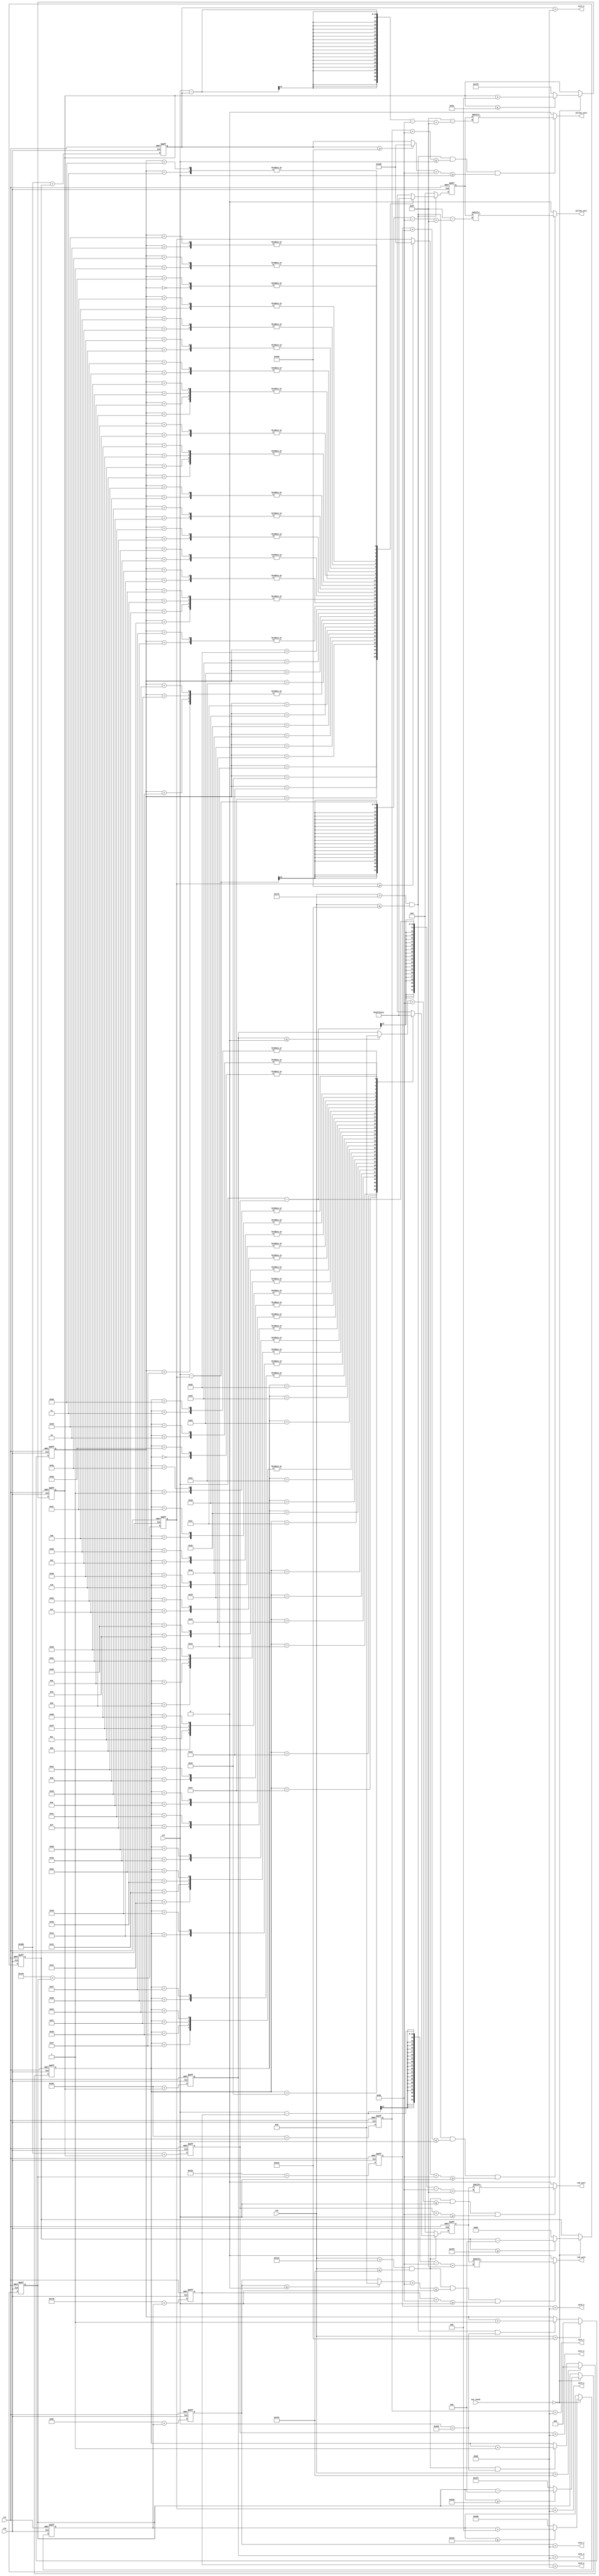
`timescale 1ns / 1ps
//////////////////////////////////////////////////////////////////////////////////
// Company: 
// Engineer: 
// 
// Design Name: 
// Module Name:    cars 
// Project Name: 
// Target Devices: 
// Tool versions: 
// Description: 
//
// Dependencies: 
//
// Revision: 
// Revision 0.01 - File Created
// Additional Comments: 
//
//////////////////////////////////////////////////////////////////////////////////
module cars(
    output wire red_car1,
    output wire red_car2,
    output wire yellow_car1,
    output wire yellow_car2, 
	output wire signed [11:0]car1_s,
	output wire signed [11:0]car1_e,
	output wire signed [11:0]car2_s,
	output wire signed [11:0]car2_e,
	output wire signed [11:0]car3_s,
	output wire signed [11:0]car3_e,
	output wire signed [11:0]car4_s,
	output wire signed [11:0]car4_e,
	input clk,
  	input rst,
    input [23:0]sec_count,
    input [10:0]col,
    input [10:0]row
    );




wire [159:0]red_car[0:59];

assign red_car[0]  = 160'b0000001111111111111111111111111111111111000111111111111111111111111111111111111111111111111111111111111111111111111111111111111111111111111111111111111111000000;
assign red_car[1]  = 160'b0000111111111111111111111111111111111110001111111111111111111111111111111111111111111111111111111111111111111111111111111111111111111111111111111111111111110000;
assign red_car[2]  = 160'b0011111111111111111111111111111111111100011100000011111111100000011111111100000000000111111111111111111111111111111111111111111111111111111111111111111111111100;
assign red_car[3]  = 160'b0011111111111111111111111111111111111000100000000001111000000111000011110000001111000001111111111111111111111111111111111111111111111111111111111111111111111100;
assign red_car[4]  = 160'b0111111111111111111111111111111111110000000011111000000001111111111000000001111111111000000000111111111111111111111111111111111111111111111111111111111111111110;
assign red_car[5]  = 160'b0111111111111111111111111111111111100001111111111111111111111111111111111111111111111111100000000011111111111111111111111111111111111111111111111111111111111110;
assign red_car[6]  = 160'b1111111111111111111111111111111111000001111111111111111111111111111111111111111111111111111100000000111111111111111111111111111111111111111111111111111111111111;
assign red_car[7]  = 160'b1111111111111111111111111111111111000011111111111111111111111111111111111111111111111111111111111000000001111111111111111111111111111111111111111111111111111111;
assign red_car[8]  = 160'b1111111111111111111111111111111110000011111111111111111111111111111111111111111111111111111111111111100000000111111111111111111111111111111111111111111111111111;
assign red_car[9]  = 160'b1111111111111111111111111111111100000000000000000000000000000000000000000000000000000000000000000000000000000000000000000000000000000000000000000000000000000000;
assign red_car[10] = 160'b1111111111111111111111111111111100000000000000000000000000000000000000000000000000000000000000000000000000000000000000000000000000000000000000000000000000000000;
assign red_car[11] = 160'b1111111111111111111111111111111000000000000000000000000000000000000000000000000000000000000000000000000000000000000000000000000000000000000000000000000000000000;
assign red_car[12] = 160'b1111111111111111111111111111111000000000000000000000000000000000000000000000000000000000000000000000000000000000000000000000000000000000000000000000000000000000;
assign red_car[13] = 160'b1111111111111111111111111111110000001111111111111111110000000111111111111111111111111111111111111111111111111111111111111111111111000000000000111111111111111111;
assign red_car[14] = 160'b0011111111111111111111111111110000011111111111111111111111000000000011111111111111111111111111111111111111111111111111111111110000000000000111111111111111111111;
assign red_car[15] = 160'b0000111111111111111111111111100000011111111111111111111111111110000000000000000000000000000000000000000000000000000000000000000000001111111111111111111111111111;
assign red_car[16] = 160'b0000011111111111111111111111100000011111111111111111111111111111111111111111111111111111111111111111111111111111111111111111111111111111111111111111111111111111;
assign red_car[17] = 160'b0000001111111111111111111111000000011111111111111111111111111111111111111111111111111111111111111111111111111111111111111111111111111111111111111111111111111111;
assign red_car[18] = 160'b0000001111111111111111111111000000011111111111111111111111111111111111111111111111111111111111111111111111111111111111111111111111111111111111111111111111111111;
assign red_car[19] = 160'b0000001111111111111111111110000000011111111111111111111111111111111111111111111111111111111111111111111111111111111111111111111111111111111111111111111111111111;
assign red_car[20] = 160'b0000001111111111111111111110000000111111111110000000000111111111111111111111100000111111111111111000000001111111111111111111000000011111111111111111111111111111;
assign red_car[21] = 160'b0000001111111111111111111110000000111111110000000000000111111111111111111110000000011111111111111000000001111111111111110000000000011111111111111111111111111111;
assign red_car[22] = 160'b0000011111111111111111111100000000111111000011111110000111111111111111111100011110001111111111111000000001111111111111000011111000011111111111111111111111111111;
assign red_car[23] = 160'b0000111111111111111111111100000000111100000011111111000111111111111111111000111111000111111111111000000001111111111100000111111000011111111111111111111111111111;
assign red_car[24] = 160'b0011111111111111111111111100000000111111000011111111000111111111111111110001111111100011111111111000000001111111111100001111111000011111111111111111111111111111;
assign red_car[25] = 160'b1111111111111111111111111100000000111111100000000000000111111111111111100000000000000001111111111000000001111111111100001111111000011111111111111111111111111111;
assign red_car[26] = 160'b1111111111111111111111111100000000111111100000000001000111111111111111000000000000000000111111111000000001111111111110000111111000011111111111111111111111111111;
assign red_car[27] = 160'b1111111111111111111111111100000000111111000011111111000111111111111110001111111111111100011111111000000001111111111110000011111000011111111111111111111111111111;
assign red_car[28] = 160'b1111111111111111111111111100000000111100000111111111000111111111111100011111111111111110001111111000000001111111111111100000111000011111111111111111111111111111;
assign red_car[29] = 160'b1111111111111111111111111100000000111000000111111111000111111111111000111111111111111111000111111000000001111111111111111100000000011111111111111111111111111111;
assign red_car[30] = 160'b1111111111111111111111111100000000111110000000000001000111111111110001111111111111111111100011111000000001111111111111111111100000011111111111111111111111111111;
assign red_car[31] = 160'b1111111111111111111111111100000000111111111111111111111111111111111111111111111111111111111111111000000001111111111111111111111111111111111111111111111111111111;
assign red_car[32] = 160'b1111111111111111111111111100000000111111111111111111111111111111111111111111111111111111111111111000000001111111111111111111111111111111111111111111111111111111;
assign red_car[33] = 160'b1111111111111111111111111100000000111111111111111111111111111111111111111111111111111111111111111000000001111111111111111111111111111111111111111111111111111111;
assign red_car[34] = 160'b1111111111111111111111111100000000111111111111111111111111111111111111111111111111111111111111111000000001111111111111111111111111111111111111111111111111111111;
assign red_car[35] = 160'b0011111111111111111111111100000000111111111111111111000000000000000000000000000000000000000000000000000001111111111111111111111111111111111111111111111111111111;
assign red_car[36] = 160'b0000111111111111111111111100000000111111111111111111000000000000000000000000000000000000000000000000000001111111111111111111111111111111111111111111111111111111;
assign red_car[37] = 160'b0000011111111111111111111100000000111111111111111111111111111111111111111111111111111111111111111111111111111111111111111111111111111111111111111111111111111111;
assign red_car[38] = 160'b0000001111111111111111111110000000111111111111111111111111111111111111111111111111111111111111111111111111111111111111111111111111111111111111111111111111111111;
assign red_car[39] = 160'b0000001111111111111111111110000000111111111111111111111111111111111111111111111111111111111111111111111111111111111111111111111111111111111111111111111111111111;
assign red_car[40] = 160'b0000001111111111111111111110000000011111111111111111111111111111111111111111111111111111111111111111111111111111111111111111111111111111111111111111111111111111;
assign red_car[41] = 160'b0000001111111111111111111111000000011111111111111111111111111111111111111111111111111111111111111111111111111111111111111111111111111111111111111111111111111111;
assign red_car[42] = 160'b0000001111111111111111111111000000011111111111111111111111111111111111111111111111111111111111111111111111111111111111111111111111111111111111111111111111111111;
assign red_car[43] = 160'b0000011111111111111111111111100000011111111111111111111111111111111111111111111111111111111111111111111111111111111111111111111111111111111111111111111111111111;
assign red_car[44] = 160'b0000111111111111111111111111100000011111111111111111111111111110000000000000000000000000000000000000000000000000000000000000000000001111111111111111111111111111;
assign red_car[45] = 160'b0011111111111111111111111111110000011111111111111111111111000000000011111111111111111111111111111111111111111111111111111111110000000000000111111111111111111111;
assign red_car[46] = 160'b1111111111111111111111111111110000001111111111111111110000000111111111111111111111111111111111111111111111111111111111111111111111000000000000111111111111111111;
assign red_car[47] = 160'b1111111111111111111111111111111000000000000000000000000000000000000000000000000000000000000000000000000000000000000000000000000000000000000000000000000000000000;
assign red_car[48] = 160'b1111111111111111111111111111111000000000000000000000000000000000000000000000000000000000000000000000000000000000000000000000000000000000000000000000000000000000;
assign red_car[49] = 160'b1111111111111111111111111111111100000000000000000000000000000000000000000000000000000000000000000000000000000000000000000000000000000000000000000000000000000000;
assign red_car[50] = 160'b1111111111111111111111111111111100000000000000000000000000000000000000000000000000000000000000000000000000000000000000000000000000000000000000000000000000000000;
assign red_car[51] = 160'b1111111111111111111111111111111110000011111111111111111111111111111111111111111111111111111111111111100000000111111111111111111111111111111111111111111111111111;
assign red_car[52] = 160'b1111111111111111111111111111111111000011111111111111111111111111111111111111111111111111111111111000000001111111111111111111111111111111111111111111111111111111;
assign red_car[53] = 160'b1111111111111111111111111111111111000001111111111111111111111111111111111111111111111111111100000000111111111111111111111111111111111111111111111111111111111111;
assign red_car[54] = 160'b0111111111111111111111111111111111100001111111111111111111111111111111111111111111111111100000000011111111111111111111111111111111111111111111111111111111111110;
assign red_car[55] = 160'b0111111111111111111111111111111111110000000011111000000001111111111000000001111111111000000000111111111111111111111111111111111111111111111111111111111111111110;
assign red_car[56] = 160'b0011111111111111111111111111111111111000100000000001111000000111000011110000001111000001111111111111111111111111111111111111111111111111111111111111111111111100;
assign red_car[57] = 160'b0011111111111111111111111111111111111100011100000011111111100000011111111100000000000111111111111111111111111111111111111111111111111111111111111111111111111100;
assign red_car[58] = 160'b0000111111111111111111111111111111111110001111111111111111111111111111111111111111111111111111111111111111111111111111111111111111111111111111111111111111110000;
assign red_car[59] = 160'b0000001111111111111111111111111111111111000111111111111111111111111111111111111111111111111111111111111111111111111111111111111111111111111111111111111111000000;




reg [5:0]red_car_count;
reg [159:0]red_car_pix;

reg signed[11:0]red_car_flag1;
reg signed[11:0]red_car_start1;
reg signed[11:0]red_car_end1;

reg signed[11:0]red_car_flag2;
reg signed[11:0]red_car_start2;
reg signed[11:0]red_car_end2;


always@(posedge clk or posedge rst)
  if(rst)                                          red_car_count<=0;
  else if(row>510)                             red_car_count<=0;
  else if(row>450 && row <=510 && col==1000) red_car_count<=red_car_count+1;
  else                                             red_car_count<=red_car_count;
  
always@(posedge clk or posedge rst)
  if(rst)                                          red_car_pix<=0;
  else if(row>450 && row <=510)             red_car_pix<=red_car[red_car_count];
  else                                             red_car_pix<=0;    

always@(posedge clk or posedge rst)
  if(rst) red_car_flag1=0;
  else if(sec_count==0)
    if(red_car_flag1<=180) red_car_flag1=red_car_flag1+6;
    else red_car_flag1 = -779;
  else red_car_flag1=red_car_flag1;
  
always@(posedge clk or posedge rst)
  if(rst) red_car_flag2=0;
  else if(sec_count==0)
    if(red_car_flag2<=580) red_car_flag2=red_car_flag2+6;
    else red_car_flag2 = -379;
  else red_car_flag2=red_car_flag2;




always@(posedge clk or posedge rst)
  if(rst) begin
    red_car_start1=620;
    red_car_end1=779;
  end
  else begin
    red_car_start1=620+red_car_flag1;
    red_car_end1=779+red_car_flag1;
  end
  
always@(posedge clk or posedge rst)
  if(rst) begin
    red_car_start2=220;
    red_car_end2=379;
  end
  else begin
    red_car_start2=220+red_car_flag2;
    red_car_end2=379+red_car_flag2;
  end
  
wire signed[11:0]temp1;
wire signed[11:0]temp2;


assign temp1=(red_car_start1<=0)?0:red_car_start1;
assign temp2=(red_car_start2<=0)?0:red_car_start2;


assign red_car1=(row>450 && row <=510 && temp1+104<=col && red_car_end1+104 >=col)?red_car_pix[col-red_car_end1-104+159]:0;
assign red_car2=(row>450 && row <=510 && temp2+104<=col && red_car_end2+104 >=col)?red_car_pix[col-red_car_end2-104+159]:0;



reg [5:0]yellow_car_count;
reg [0:159]yellow_car_pix;



reg signed[11:0]yellow_car_flag1;
reg signed[11:0]yellow_car_start1;
reg signed[11:0]yellow_car_end1;

reg signed[11:0]yellow_car_flag2;
reg signed[11:0]yellow_car_start2;
reg signed[11:0]yellow_car_end2;

assign car1_s=red_car_start1+104;
assign car1_e=red_car_end1+104;
assign car2_s=red_car_start2+104;
assign car2_e=red_car_end2+104;
assign car3_s=yellow_car_start1+104;
assign car3_e=yellow_car_end1+104;
assign car4_s=yellow_car_start2+104;
assign car4_e=yellow_car_end2+104;

always@(posedge clk or posedge rst)
  if(rst)                                          yellow_car_count<=0;
  else if(row>430)                             yellow_car_count<=0;
  else if(row>370 && row <=430 && col==1000) yellow_car_count<=yellow_car_count+1;
  else                                             yellow_car_count<=yellow_car_count;

always@(posedge clk or posedge rst)
  if(rst)                                          yellow_car_pix<=0;
  else if(row>370 && row <=430)             yellow_car_pix<=red_car[yellow_car_count];
  else                                             yellow_car_pix<=0;    

always@(posedge clk or posedge rst)
  if(rst)                       yellow_car_flag1=0;
  else if(sec_count==0)
      if(yellow_car_flag1>=-459)yellow_car_flag1=yellow_car_flag1-8;
      else                      yellow_car_flag1 = 500;
  else                          yellow_car_flag1=yellow_car_flag1;
  
always@(posedge clk or posedge rst)
  if(rst)                       yellow_car_flag2=0;
  else if(sec_count==0)
    if(yellow_car_flag2>=-779)  yellow_car_flag2=yellow_car_flag2-8;
    else                        yellow_car_flag2 = 180;
  else                          yellow_car_flag2=yellow_car_flag2;



always@(posedge clk or posedge rst)
  if(rst) begin
    yellow_car_start1=300;
    yellow_car_end1=459;
  end
  else begin
    yellow_car_start1=300+yellow_car_flag1;
    yellow_car_end1=459+yellow_car_flag1;
  end
  
always@(posedge clk or posedge rst)
  if(rst) begin
    yellow_car_start2=620;
    yellow_car_end2=779;
  end
  else begin
    yellow_car_start2=620+yellow_car_flag2;
    yellow_car_end2=779+yellow_car_flag2;
  end
  
wire signed[11:0]temp3;
wire signed[11:0]temp4;


assign temp3=(yellow_car_end1>=800)?800:yellow_car_end1;
assign temp4=(yellow_car_end2>=800)?800:yellow_car_end2;


assign yellow_car1=(row>370 && row <=430 && yellow_car_start1+104<=col && temp3+104 >=col)?yellow_car_pix[col-yellow_car_end1-104+159]:0;
assign yellow_car2=(row>370 && row <=430 && yellow_car_start2+104<=col && temp4+104 >=col)?yellow_car_pix[col-yellow_car_end2-104+159]:0;



endmodule